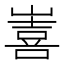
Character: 𭗖